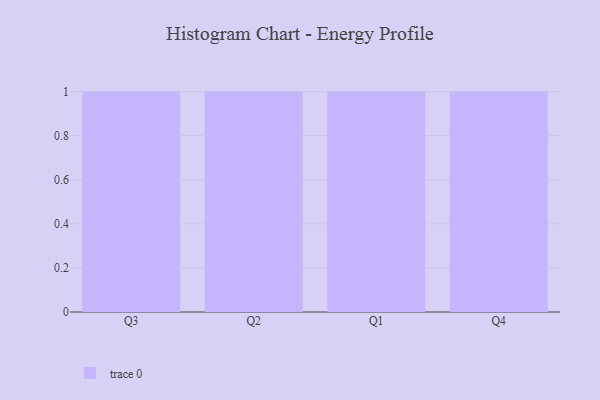
{"axis": {"x": "Quarter", "y": "Page Views"}, "legend": [""], "data": [{"x": "Q3", "y": 42, "type": ""}, {"x": "Q2", "y": 25, "type": ""}, {"x": "Q1", "y": 45, "type": ""}, {"x": "Q4", "y": 65, "type": ""}]}